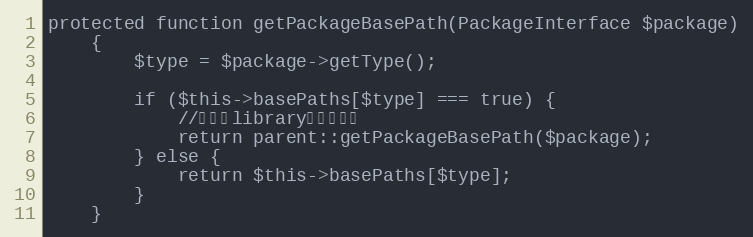
Language: PHP
protected function getPackageBasePath(PackageInterface $package)
    {
        $type = $package->getType();

        if ($this->basePaths[$type] === true) {
            //默认为library类型的路径
            return parent::getPackageBasePath($package);
        } else {
            return $this->basePaths[$type];
        }
    }